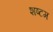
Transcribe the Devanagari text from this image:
शष्टम